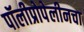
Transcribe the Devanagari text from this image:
पॉलीप्रोपेलीनचा